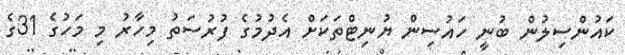
ކައުންސިލުން ބުނީ ހައުސިން ޔުނިޓްތަކަށް އެދުމުގެ ފުރުސަތު މިހާރު މި މަހުގެ 31ގެ